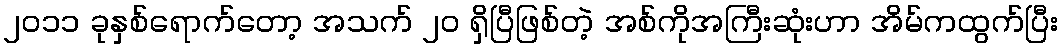
၂၀၁၁ ခုနှစ်ရောက်တော့ အသက် ၂၀ ရှိပြီဖြစ်တဲ့ အစ်ကိုအကြီးဆုံးဟာ အိမ်ကထွက်ပြီး